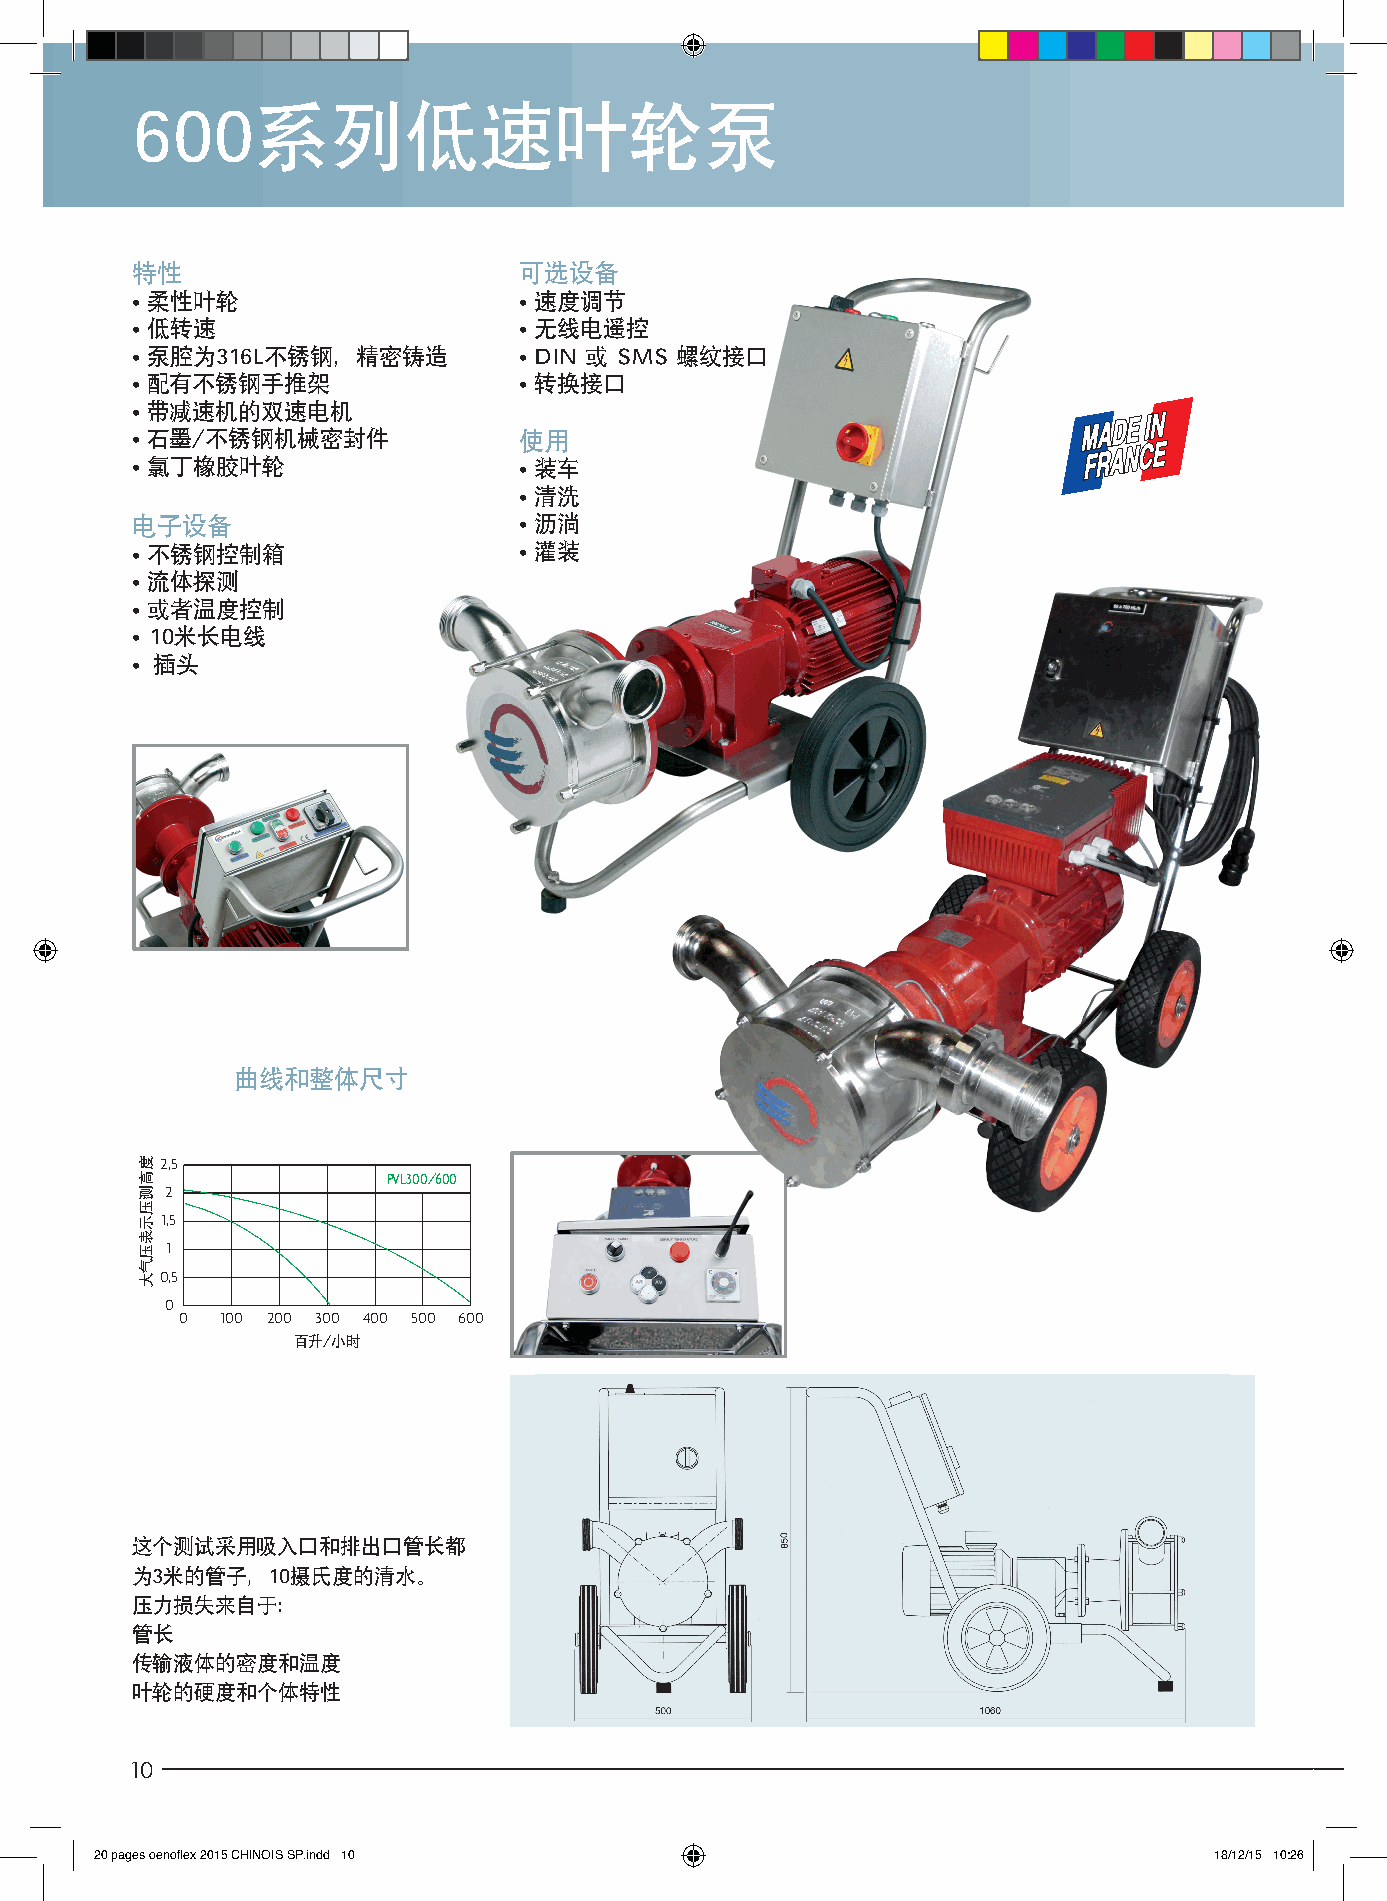
600系列低速叶轮泵
 特性                       可选设备
 • 柔性叶轮                   • 速度调节
 • 低转速                    • 无线电遥控
 • 泵腔为316L不锈钢，精密铸造        • DIN 或 SMS 螺纹接口
 • 配有不锈钢手推架               • 转换接口
 • 带减速机的双速电机
 • 石墨/不锈钢机械密封件            使用
 • 氯丁橡胶叶轮                 • 装车
 • 清洗
 电子设备                     • 沥淌
 • 不锈钢控制箱                 • 灌装
 • 流体探测
 • 或者温度控制
 • 10米长电线
 • 插头
 曲线和整体尺寸
 2,5
 PVL300/600
 2
 1,5
 1
 0,5
 0
 0  100 200 300 400 500 600
 hec百to升litr/e小s/时heure
 这个测试采用吸入口和排出口管长都
 为3米的管子，10摄氏度的清水。
 压力损失来自于：
 管长
 传输液体的密度和温度
 叶轮的硬度和个体特性
 10
 20 pages oenoflex 2015 CHINOIS SP.indd 10                                 18/12/15 10:26
 srab度
 n高e
 e测u压qir示té表m压on气am大
 ruetuah